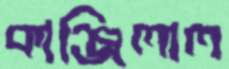
কাঞ্জিলাল